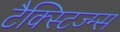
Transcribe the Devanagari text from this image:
टैक्स्टिज्म्स